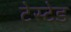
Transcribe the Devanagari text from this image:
टेस्टेड